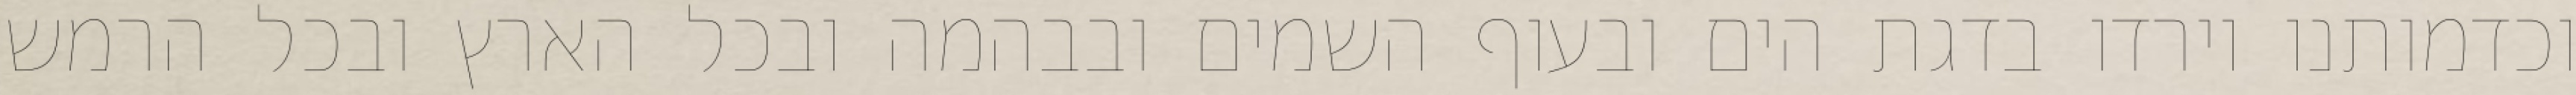
וכדמותנו וירדו בדגת הים ובעוף השמים ובבהמה ובכל הארץ ובכל הרמש